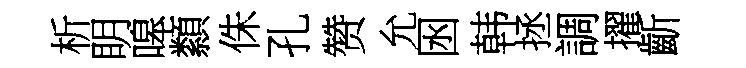
析眀嗥纇侏孔赞允囦韩拯調擢齗